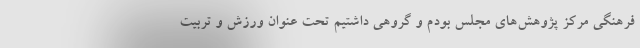
فرهنگی مرکز پژوهش‌های مجلس بودم و گروهی داشتیم تحت عنوان ورزش و تربیت